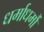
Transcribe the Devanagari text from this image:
धर्माधर्मौ